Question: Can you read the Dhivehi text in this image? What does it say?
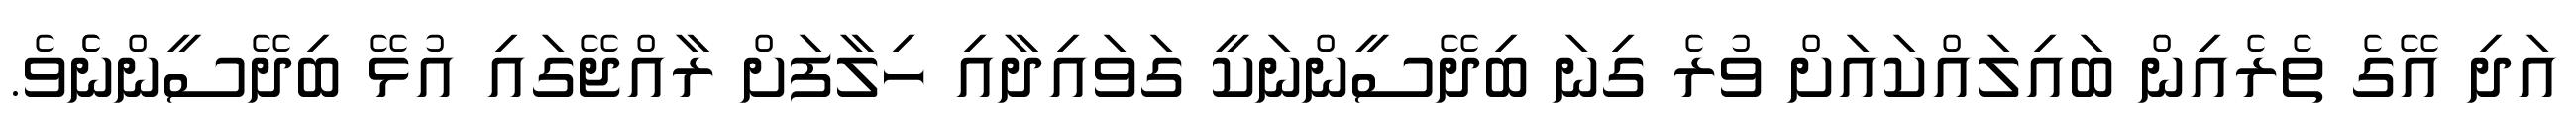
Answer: އަދި އޭގެ ތެރެއިން ބައިލައްކައަށް ވުރެ ގިނަ ބިދޭސީންނަކީ ގަވައިދާއި ހިލާފަށް ރާއްޖޭގައި އުޅޭ ބިދޭސީންނެެވެ.